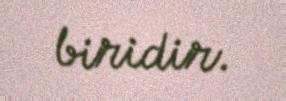
biridir.